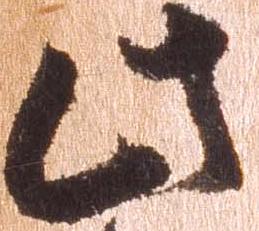
此